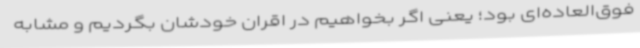
فوق‌العاده‌ای بود؛ یعنی اگر بخواهیم در اقران خودشان بگردیم و مشابه